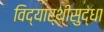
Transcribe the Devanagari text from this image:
विद्यार्थीसुद्धा